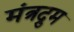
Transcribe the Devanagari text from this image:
मंत्रद्रुम